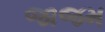
જાજમ